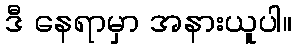
ဒီ နေရာမှာ အနားယူပါ။